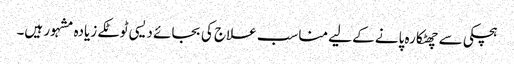
ہچکی سے چھٹکارہ پانے کے لیے مناسب علاج کی بجائے دیسی ٹوٹکے زیادہ مشہور ہیں۔